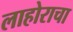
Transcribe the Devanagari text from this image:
लाहोराचा